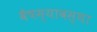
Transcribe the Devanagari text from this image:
वैषम्यावस्था